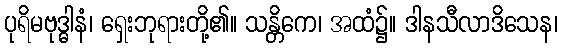
ပုရိမဗုဒ္ဓါနံ၊ ရှေးဘုရားတို့၏။ သန္တိကေ၊ အထံ၌။ ဒါနသီလာဒိသေန၊